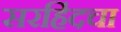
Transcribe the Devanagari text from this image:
सरहिंदचा